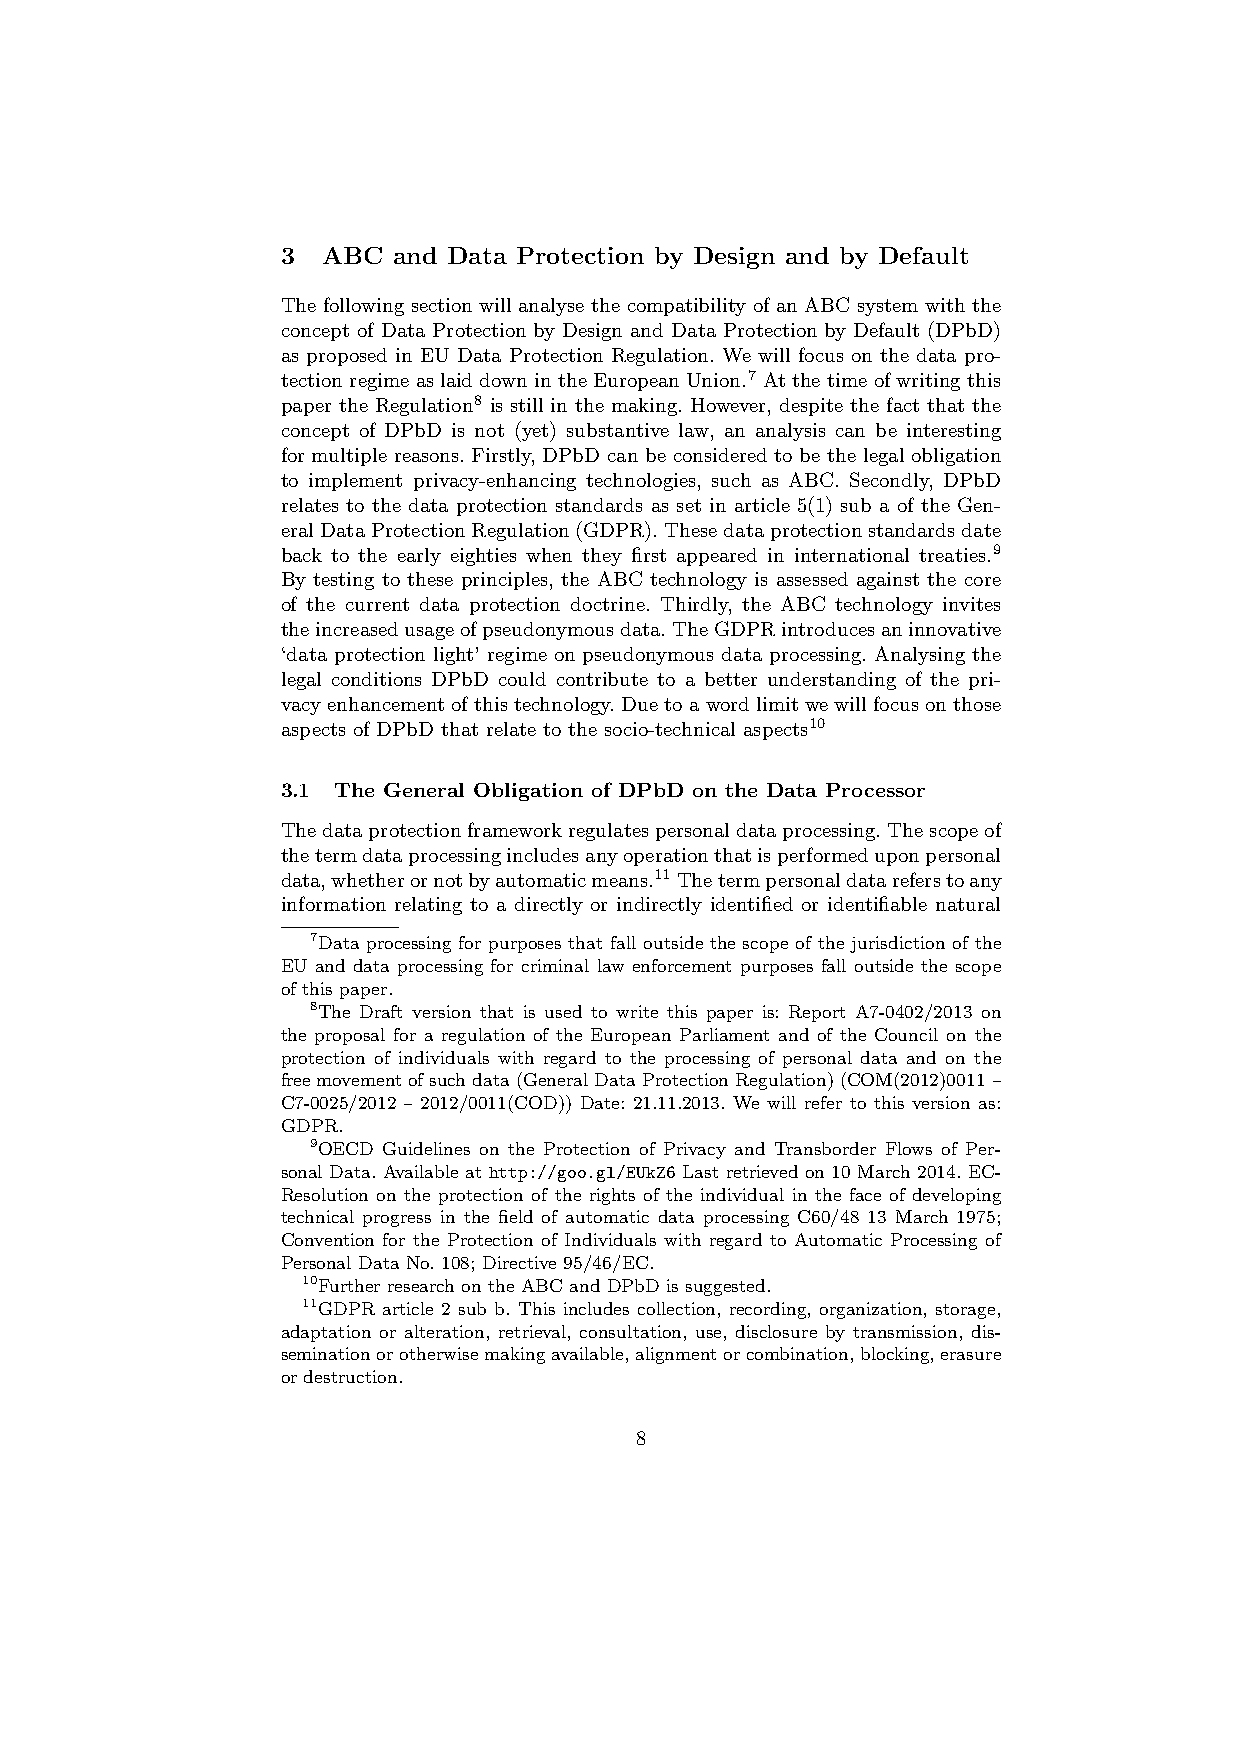
3 ABC  and Data Protection by Design and by Default
 The following section will analyse the compatibility of an ABC system with the
 concept of Data Protection by Design and Data Protection by Default (DPbD)
 as proposed in EU Data Protection Regulation. We will focus on the data pro-
 tection regime as laid down in the European Union.7 At the time of writing this
 paper the Regulation8 is still in the making. However, despite the fact that the
 concept of DPbD is not (yet) substantive law, an analysis can be interesting
 for multiple reasons. Firstly, DPbD can be considered to be the legal obligation
 to implement privacy-enhancing technologies, such as ABC. Secondly, DPbD
 relates to the data protection standards as set in article 5(1) sub a of the Gen-
 eralDataProtectionRegulation(GDPR).Thesedataprotectionstandardsdate
 back to the early eighties when they first appeared in international treaties.9
 By testing to these principles, the ABC technology is assessed against the core
 of the current data protection doctrine. Thirdly, the ABC technology invites
 theincreasedusageofpseudonymousdata.TheGDPRintroducesaninnovative
 ‘data protection light’ regime on pseudonymous data processing. Analysing the
 legal conditions DPbD could contribute to a better understanding of the pri-
 vacyenhancementofthistechnology.Duetoawordlimitwewillfocusonthose
 aspects of DPbD that relate to the socio-technical aspects10
 3.1 The General Obligation of DPbD on the Data Processor
 Thedataprotectionframeworkregulatespersonaldataprocessing.Thescopeof
 thetermdataprocessingincludesanyoperationthatisperformeduponpersonal
 data,whetherornotbyautomaticmeans.11Thetermpersonaldatareferstoany
 information relating to a directly or indirectly identified or identifiable natural
 7Data processing for purposes that fall outside the scope of the jurisdiction of the
 EU and data processing for criminal law enforcement purposes fall outside the scope
 of this paper.
 8The Draft version that is used to write this paper is: Report A7-0402/2013 on
 the proposal for a regulation of the European Parliament and of the Council on the
 protection of individuals with regard to the processing of personal data and on the
 freemovementofsuchdata(GeneralDataProtectionRegulation)(COM(2012)0011–
 C7-0025/2012 – 2012/0011(COD)) Date: 21.11.2013. We will refer to this version as:
 GDPR.
 9OECD Guidelines on the Protection of Privacy and Transborder Flows of Per-
 sonal Data. Available at http://goo.gl/EUkZ6 Last retrieved on 10 March 2014. EC-
 Resolution on the protection of the rights of the individual in the face of developing
 technical progress in the field of automatic data processing C60/48 13 March 1975;
 Convention for the Protection of Individuals with regard to Automatic Processing of
 Personal Data No. 108; Directive 95/46/EC.
 10Further research on the ABC and DPbD is suggested.
 11GDPR article 2 sub b. This includes collection, recording, organization, storage,
 adaptation or alteration, retrieval, consultation, use, disclosure by transmission, dis-
 seminationorotherwisemakingavailable,alignmentorcombination,blocking,erasure
 or destruction.
 8